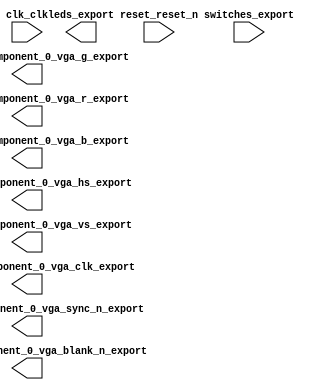

module nios_system (
	clk_clk,
	leds_export,
	reset_reset_n,
	switches_export,
	top_level_component_0_vga_clk_export,
	top_level_component_0_vga_g_export,
	top_level_component_0_vga_hs_export,
	top_level_component_0_vga_r_export,
	top_level_component_0_vga_sync_n_export,
	top_level_component_0_vga_vs_export,
	top_level_component_0_vga_blank_n_export,
	top_level_component_0_vga_b_export);	

	input		clk_clk;
	output	[7:0]	leds_export;
	input		reset_reset_n;
	input	[7:0]	switches_export;
	output		top_level_component_0_vga_clk_export;
	output	[7:0]	top_level_component_0_vga_g_export;
	output		top_level_component_0_vga_hs_export;
	output	[7:0]	top_level_component_0_vga_r_export;
	output		top_level_component_0_vga_sync_n_export;
	output		top_level_component_0_vga_vs_export;
	output		top_level_component_0_vga_blank_n_export;
	output	[7:0]	top_level_component_0_vga_b_export;
endmodule